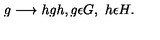
g \longrightarrow h g h , g \epsilon G , \ h \epsilon H .